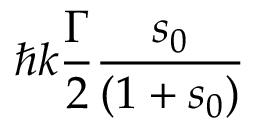
\hbar \ensuremath { k } \frac { \ensuremath { \Gamma } } { 2 } \frac { s _ { 0 } } { ( 1 + s _ { 0 } ) }